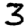
Digit: 3